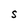
Character: S